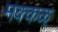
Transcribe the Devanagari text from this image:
मक्कळ्